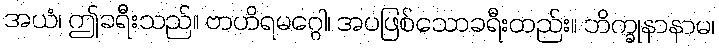
အယံ၊ ဤခရီးသည်။ ဗာဟိရမဂ္ဂေါ၊ အပဖြစ်သောခရီးတည်း။ ဘိက္ခုနာနာမ၊